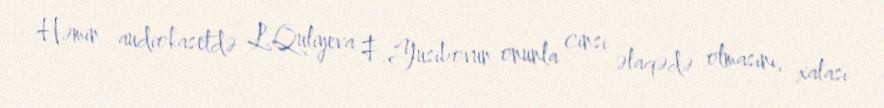
Həmin audiokasetdə L.Quliyeva F.Yusibovun onunla cinsi əlaqədə olmasını, xalası